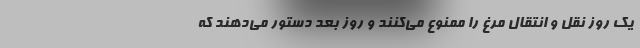
یک روز نقل و انتقال مرغ را ممنوع می‌کنند و روز بعد دستور می‌دهند که